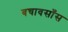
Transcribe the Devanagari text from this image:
बचावसाँस